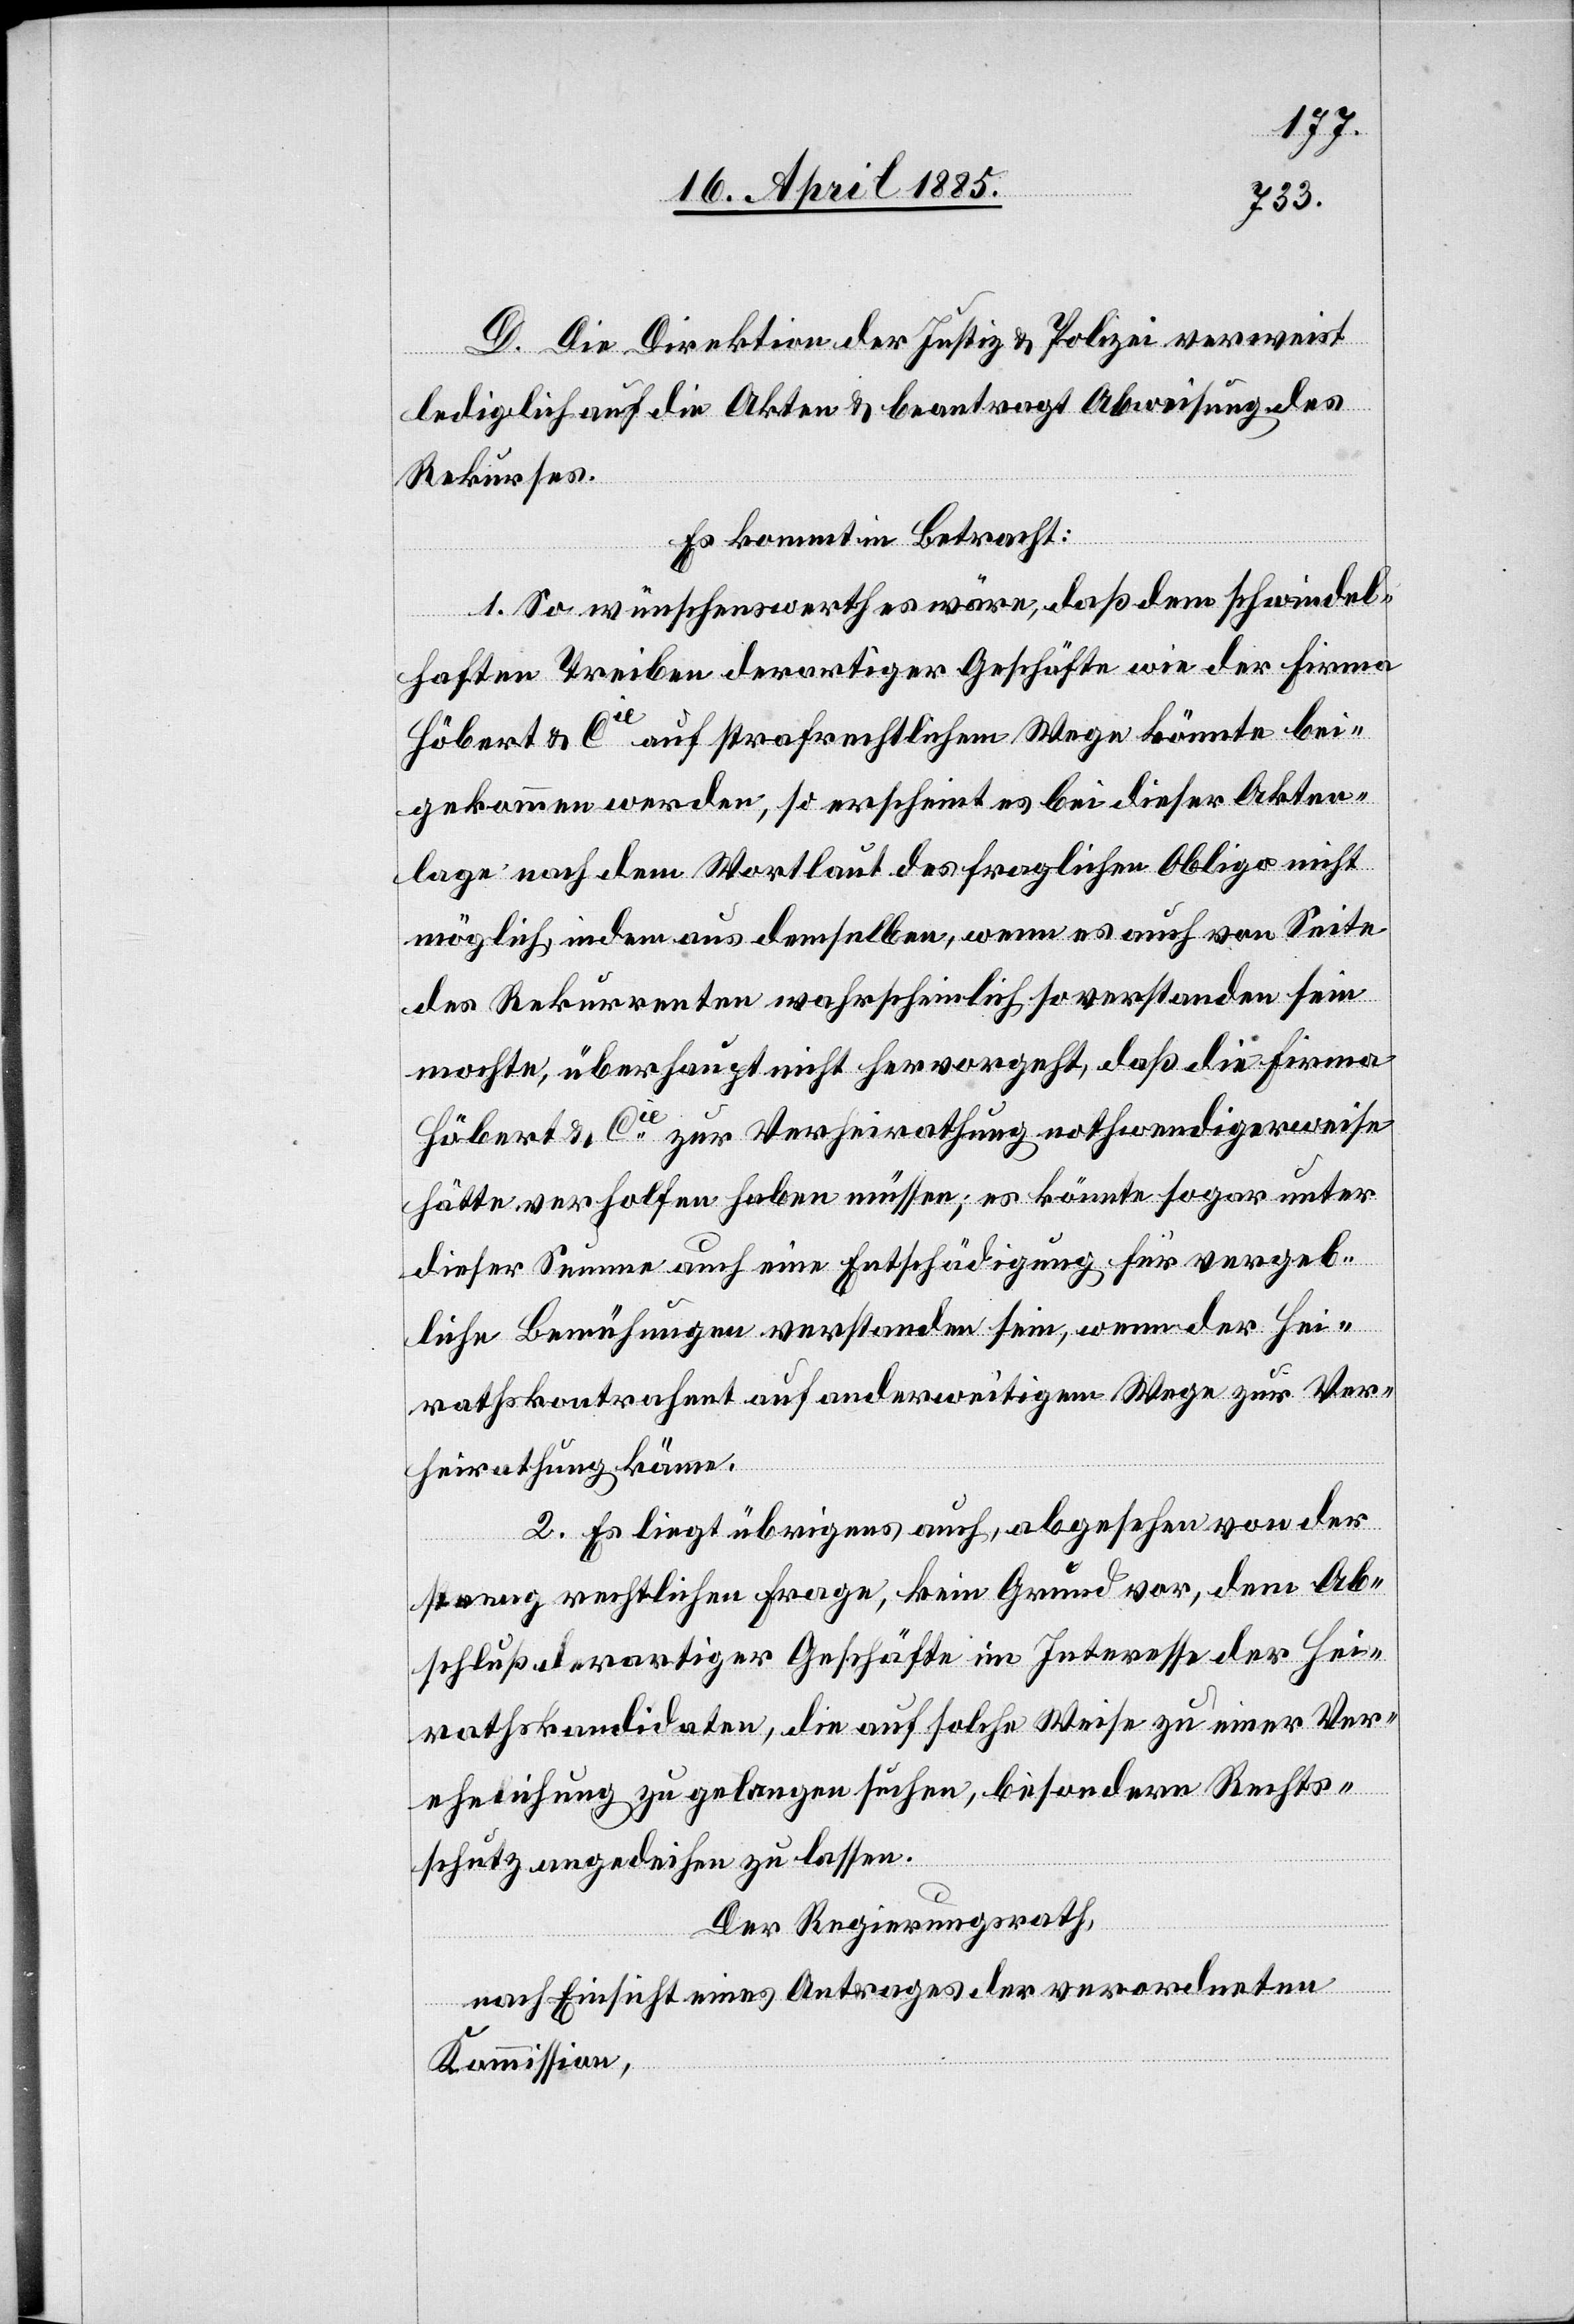
D. Die Direktion der Justiz & Polizei verweist
lediglich auf die Akten & beantragt Abweisung des
Rekurses.
Es kommt in Betracht:
1. So wünschenswerth es wäre, daß dem schwindel¬
haften Treiben derartiger Geschäfte wie der Firma
Höbert & Cie auf strafrechtlichem Wege könnte bei¬
gekommen werden, so erscheint es bei dieser Akten¬
lage nach dem Wortlaut des fraglichen Obligo nicht
möglich indem aus demselben, wenn es auch von Seite
des Rekurrenten wahrscheinlich so verstanden sein
mochte, überhaupt nicht hervorgeht, daß die Firma
Höbert & Cie zur Verheirathung nothwendigerweise
hätte verholfen haben müssen; es könnte sogar unter
dieser Summa auch eine Entschädigung für vergeb¬
liche Bemühungen verstanden sein, wenn der Hei¬
rathskontrahent auf anderweitigem Wege zur Ver¬
heirathung käme.
2. Es liegt übrigens auch, abgesehen von der
[?streng] rechtlichen Frage, kein Grund vor, dem Ab¬
schluß derartiger Geschäfte im Interesse der Hei¬
rathskandidaten, die auf solche Weise zu einer Ver¬
ehelichung zu gelangen suchen, besondern Rechts¬
schutz angedeihen zu lassen.
Der Regierungsrath,
nach Einsicht eines Antrages der verordneten
Kommission,